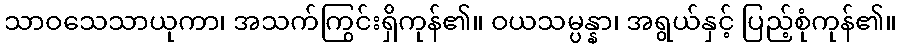
သာဝသေသာယုကာ၊ အသက်ကြွင်းရှိကုန်၏။ ဝယသမ္ပန္နာ၊ အရွယ်နှင့် ပြည့်စုံကုန်၏။